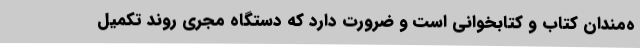
ه‌مندان کتاب و کتابخوانی است و ضرورت دارد که دستگاه مجری روند تکمیل